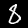
Label: 8